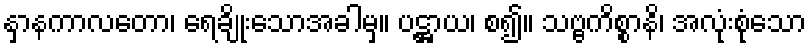
နှာနကာလတော၊ ရေချိုးသောအခါမှ။ ပဋ္ဌာယ၊ စ၍။ သဗ္ဗကိစ္စာနိ၊ အလုံးစုံသော